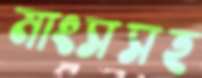
মাংসসহ